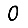
Digit: 0